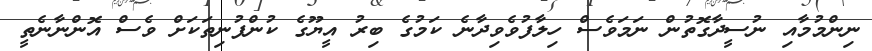
ނިންމުމާއި ނުސީދާގޮތުން ނަމަވެސް ހިލާފުވެވިދާނެ ކަމުގެ ބިރު އީޔޫގެ ކުންފުނިތަކަށް ވެސް އޮންނާނެތީ